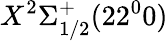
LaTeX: X^{2}\Sigma_{1/2}^{+}(22^{0}0)